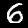
Digit: 6